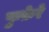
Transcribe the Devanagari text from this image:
फुफ़ेरे